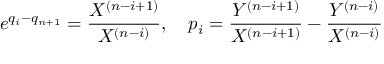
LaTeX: e ^ { q _ { i } - q _ { n + 1 } } = { \frac { X ^ { ( n - i + 1 ) } } { X ^ { ( n - i ) } } } , \quad p _ { i } = { \frac { Y ^ { ( n - i + 1 ) } } { X ^ { ( n - i + 1 ) } } } - { \frac { Y ^ { ( n - i ) } } { X ^ { ( n - i ) } } }